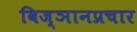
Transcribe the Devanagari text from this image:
विज्ञानप्रचार